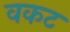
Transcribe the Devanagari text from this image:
वकट